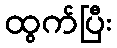
ထွက်ပြီး